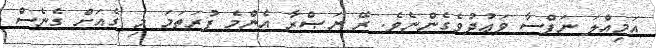
އަމިއްލަ ނަފްސާ ވަޢުދުވެގެންނެވެ. ރޭ ނަޞްރާ އެންމެ ފުރަތަމަ މި ގެއަށް ގެނެސް